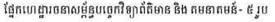
ផ្នែកហេដ្ឋារចនាសម្ព័ន្ធបច្ចេកវិទ្យាព័ត៌មាន និង គមនាគមន៍- ៥ រូប